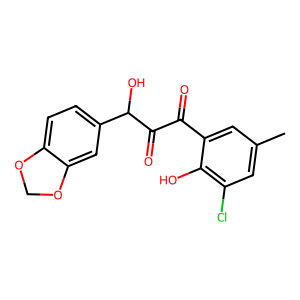
SMILES: Cc1cc(Cl)c(O)c(C(=O)C(=O)C(O)c2ccc3c(c2)OCO3)c1
Inhibits HIV replication: No